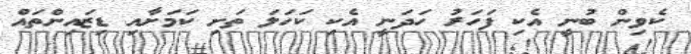
ކެވިން ބުނީ އެކި ފަހަރު ހަދަނީ އެކި ކަހަލަ ތަށި ކަމަށާއި ޑިޒައިންތައް